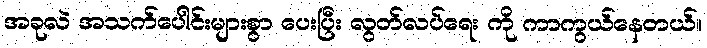
အခုလဲ အသက်ပေါင်းများစွာ ပေးပြီး လွတ်လပ်ရေး ကို ကာကွယ်နေတယ်။